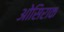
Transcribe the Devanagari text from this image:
ओसिराक